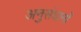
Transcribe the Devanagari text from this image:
अनुसंघानों